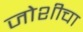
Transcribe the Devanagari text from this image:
जोशीचा